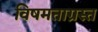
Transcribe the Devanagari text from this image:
विषमताग्रस्त